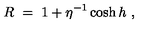
R \ = \ 1 + \eta ^ { - 1 } \cosh h \ ,